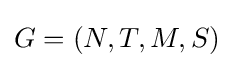
G=(N,T,M,S)